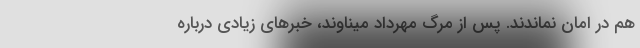
هم در امان نماندند. پس از مرگ مهرداد میناوند، خبرهای زیادی درباره